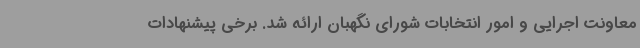
معاونت اجرایی و امور انتخابات شورای نگهبان ارائه شد. برخی پیشنهادات